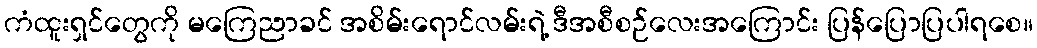
ကံထူးရှင်တွေကို မကြေညာခင် အစိမ်းရောင်လမ်းရဲ့ ဒီအစီစဉ်လေးအကြောင်း ပြန်ပြောပြပါရစေ။